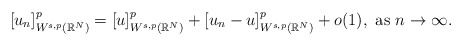
\begin{align*}[u_n]^p_{W^{s,p}(\mathbb{R}^N)}=[u]^p_{W^{s,p}(\mathbb{R}^N)}+[u_n-u]^p_{W^{s,p}(\mathbb{R}^N)}+o(1),\mbox{ as } n\to\infty.\end{align*}